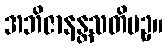
အဘိဇာနန္တသတိပဥှ။